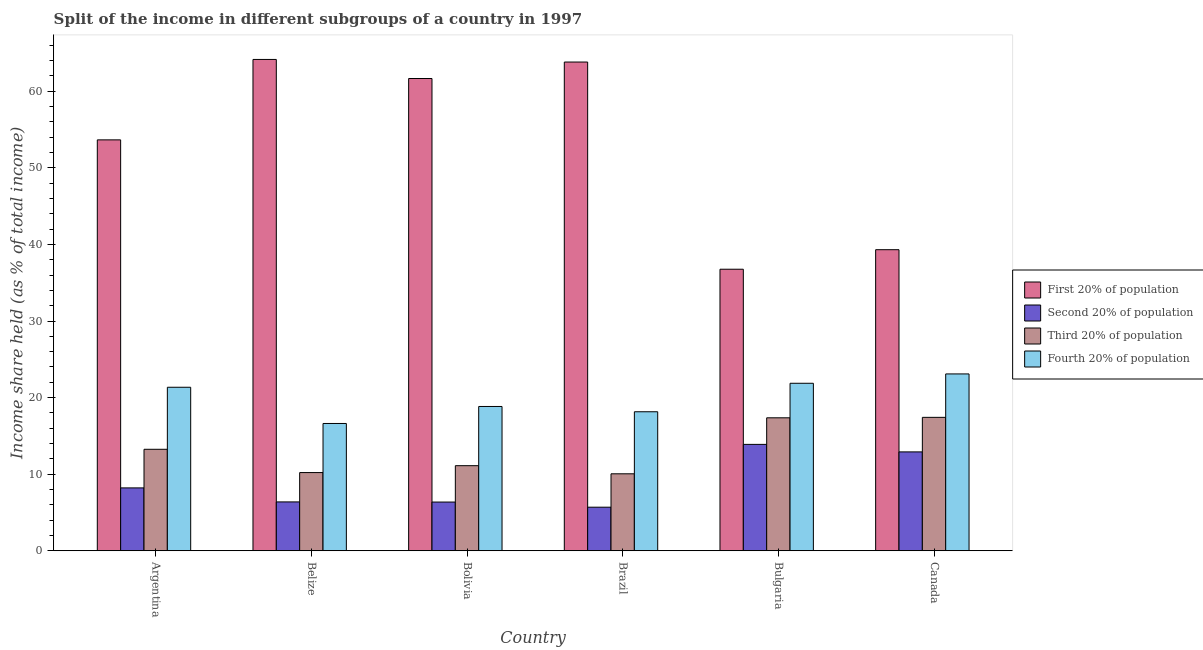
| Country | First 20% of population | Second 20% of population | Third 20% of population | Fourth 20% of population |
 | --- | --- | --- | --- | --- |
 | Argentina | 53.6 | 8.21 | 13.2 | 21.4 |
 | Belize | 64.2 | 6.38 | 10.2 | 16.6 |
 | Bolivia | 61.7 | 6.36 | 11.1 | 18.8 |
 | Brazil | 63.8 | 5.69 | 10.1 | 18.1 |
 | Bulgaria | 36.8 | 13.9 | 17.4 | 21.9 |
 | Canada | 39.3 | 12.9 | 17.4 | 23.1 |